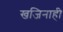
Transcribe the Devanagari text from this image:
खजिनाही